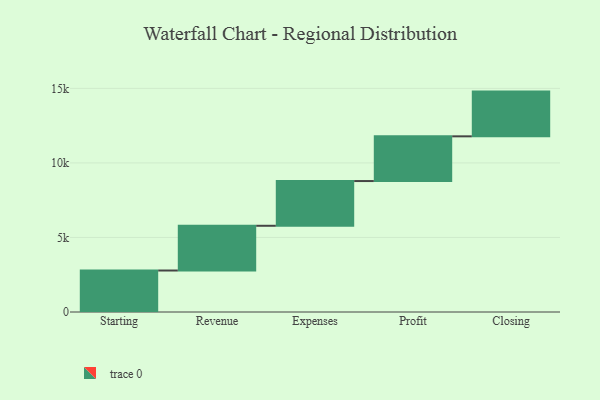
{"axis": {"x": "Step", "y": "Value"}, "legend": [""], "data": [{"x": "Starting", "y": 2783.0, "type": ""}, {"x": "Revenue", "y": 3000, "type": ""}, {"x": "Expenses", "y": 3000, "type": ""}, {"x": "Profit", "y": 3000, "type": ""}, {"x": "Closing", "y": 3000, "type": ""}]}